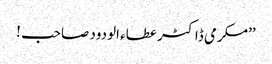
’’مکرمی ڈاکٹر عطاء الودود صاحب !